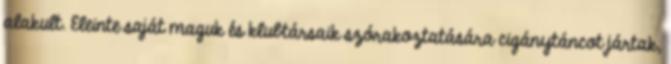
alakult. Eleinte saját maguk és klubtársaik szórakoztatására cigánytáncot jártak,